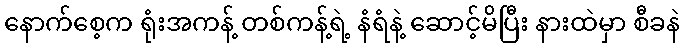
နောက်စေ့က ရုံးအကန့် တစ်ကန့်ရဲ့ နံရံနဲ့ ဆောင့်မိပြီး နားထဲမှာ စီခနဲ